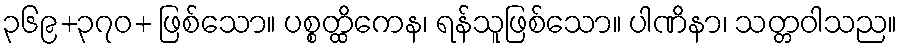
၃၆၉+၃၇၀+ ဖြစ်သော။ ပစ္စတ္ထိကေန၊ ရန်သူဖြစ်သော။ ပါဏိနာ၊ သတ္တဝါသည။